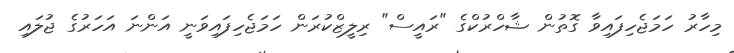
މިހާރު ހަމަޖެހިފައިވާ ގޮތުން ޝާހްރުކްގެ "ރައީސް" ރިލީޒްކުރަން ހަމަޖެހިފައިވަނީ އަންނަ އަހަރުގެ ޖުލައި